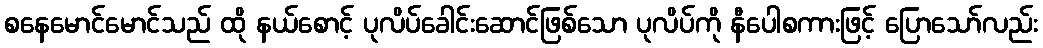
စနေမောင်မောင်သည် ထို နယ်စောင့် ပုလိပ်ခေါင်းဆောင်ဖြစ်သော ပုလိပ်ကို နီပေါစကားဖြင့် ပြောသော်လည်း